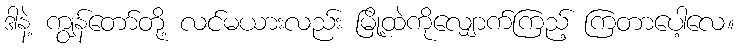
ဒါနဲ့ ကျွန်တော်တို့ လင်မယားလည်း မြို့ထဲကိုလျှောက်ကြည့် ကြတာပေါ့လေ။